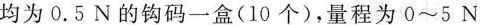
均为0.5N的钩码一盒(10个)，量程为0~5N